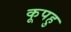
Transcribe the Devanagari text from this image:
कूपहु